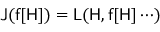
\mathsf { J } ( \mathsf { f } [ \mathsf { H } ] ) = \mathsf { L } ( \mathsf { H } , \mathsf { f } [ \mathsf { H } ] \cdots )